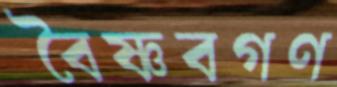
বৈষ্ণবগণ